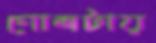
গোলটায়